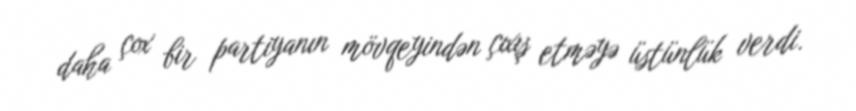
daha çox bir partiyanın mövqeyindən çıxış etməyə üstünlük verdi.